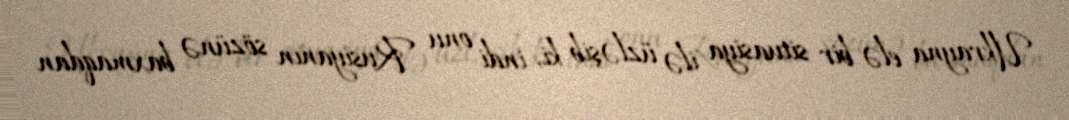
Ukrayna elə bir situasiya ilə üzləşib ki, indi onu Rusiyanın sözünə baxmaqdan